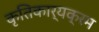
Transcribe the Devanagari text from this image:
कृतिकार्यक्रम